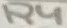
Text: R4